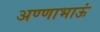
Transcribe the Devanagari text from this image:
अण्णाभाऊं